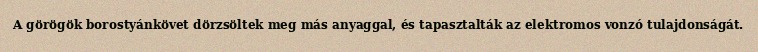
A görögök borostyánkövet dörzsöltek meg más anyaggal, és tapasztalták az elektromos vonzó tulajdonságát.